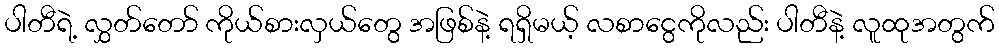
ပါတီရဲ့ လွှတ်တော် ကိုယ်စားလှယ်တွေ အဖြစ်နဲ့ ရရှိမယ့် လစာငွေကိုလည်း ပါတီနဲ့ လူထုအတွက်